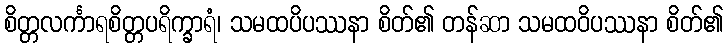
စိတ္တလင်္ကာရစိတ္တပရိက္ခာရံ၊ သမထပိပဿနာ စိတ်၏ တန်ဆာ သမထဝိပဿနာ စိတ်၏